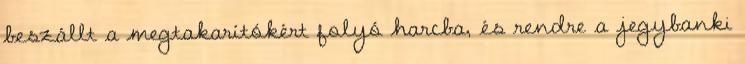
beszállt a megtakarítókért folyó harcba, és rendre a jegybanki